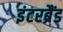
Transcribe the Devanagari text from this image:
इंटरब्रैंड